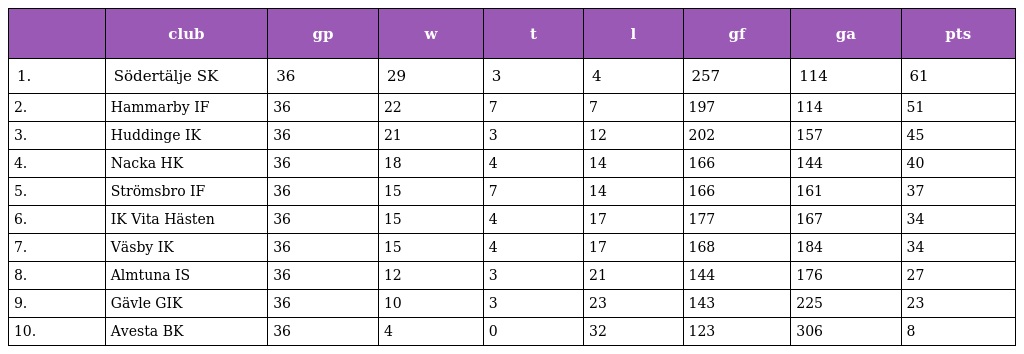
|  | club | gp | w | t | l | gf | ga | pts |
 | --- | --- | --- | --- | --- | --- | --- | --- | --- |
 | 1. | Södertälje SK | 36 | 29 | 3 | 4 | 257 | 114 | 61 |
 | 2. | Hammarby IF | 36 | 22 | 7 | 7 | 197 | 114 | 51 |
 | 3. | Huddinge IK | 36 | 21 | 3 | 12 | 202 | 157 | 45 |
 | 4. | Nacka HK | 36 | 18 | 4 | 14 | 166 | 144 | 40 |
 | 5. | Strömsbro IF | 36 | 15 | 7 | 14 | 166 | 161 | 37 |
 | 6. | IK Vita Hästen | 36 | 15 | 4 | 17 | 177 | 167 | 34 |
 | 7. | Väsby IK | 36 | 15 | 4 | 17 | 168 | 184 | 34 |
 | 8. | Almtuna IS | 36 | 12 | 3 | 21 | 144 | 176 | 27 |
 | 9. | Gävle GIK | 36 | 10 | 3 | 23 | 143 | 225 | 23 |
 | 10. | Avesta BK | 36 | 4 | 0 | 32 | 123 | 306 | 8 |